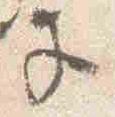
子